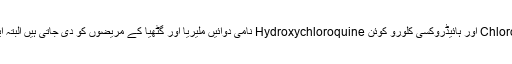
گزشتہ روز نیوزبریفنگ میں امریکی صدر ڈونلڈ ٹرمپ کا کہنا تھا کہ کلورو کوئن Chloroquine اور ہائیڈروکسی کلورو کوئن Hydroxychloroquine نامی دوائیں ملیریا اور گٹھیا کے مریضوں کو دی جاتی ہیں البتہ ایف ڈی اے نے ان دواؤں کو کورونا کے مریضوں پر بھی آزمانے کی منظوری دے دی ہے۔